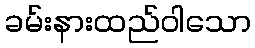
ခမ်းနားထည်ဝါသော